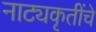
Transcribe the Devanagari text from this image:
नाट्यकृतींचे